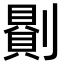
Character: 𠟻